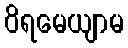
ဝိရမေယျာမ